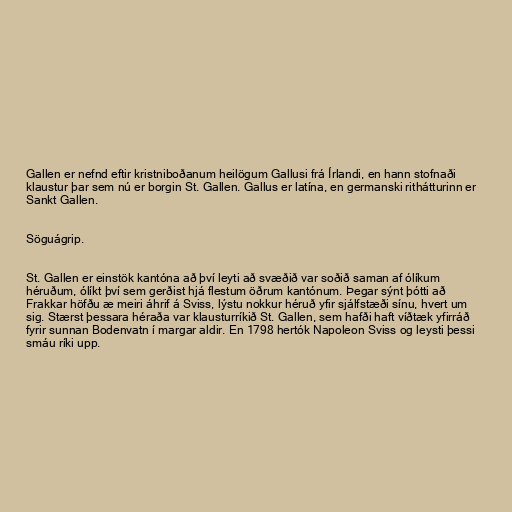
Gallen er nefnd eftir kristniboðanum heilögum Gallusi frá Írlandi, en hann stofnaði
klaustur þar sem nú er borgin St. Gallen. Gallus er latína, en germanski rithátturinn er
Sankt Gallen.

Söguágrip.

St. Gallen er einstök kantóna að því leyti að svæðið var soðið saman af ólíkum
héruðum, ólíkt því sem gerðist hjá flestum öðrum kantónum. Þegar sýnt þótti að
Frakkar höfðu æ meiri áhrif á Sviss, lýstu nokkur héruð yfir sjálfstæði sínu, hvert um
sig. Stærst þessara héraða var klausturríkið St. Gallen, sem hafði haft víðtæk yfirráð
fyrir sunnan Bodenvatn í margar aldir. En 1798 hertók Napoleon Sviss og leysti þessi
smáu ríki upp.